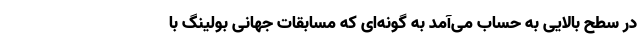
در سطح بالایی به حساب می‌آمد به گونه‌ای که مسابقات جهانی بولینگ با